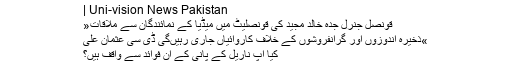
| Uni-vision News Pakistan
»قونصل جنرل جدہ خالد مجید کی قونصلیٹ میں میڈیا کے نمائندگان سے ملاقات
»ذخیرہ اندوزوں اور گرانفروشوں کے خلاف کاروائیاں جاری رہیں‌گی ڈی سی عثمان علی
کیا آپ ناریل کے پانی کے ان فوائد سے واقف ہیں؟